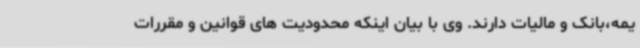
یمه،بانک و مالیات دارند. وی با بیان اینکه محدودیت های قوانین و مقررات